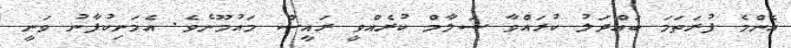
އެންމެ ފުރަތަމަ ބައްދަލު ކުރައްވާ ސަލާމް ކުރެއްވީ ރައީސް މައުމޫނެވެ. އެމަނިކުފާނު ވަނީ